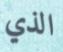
الذي